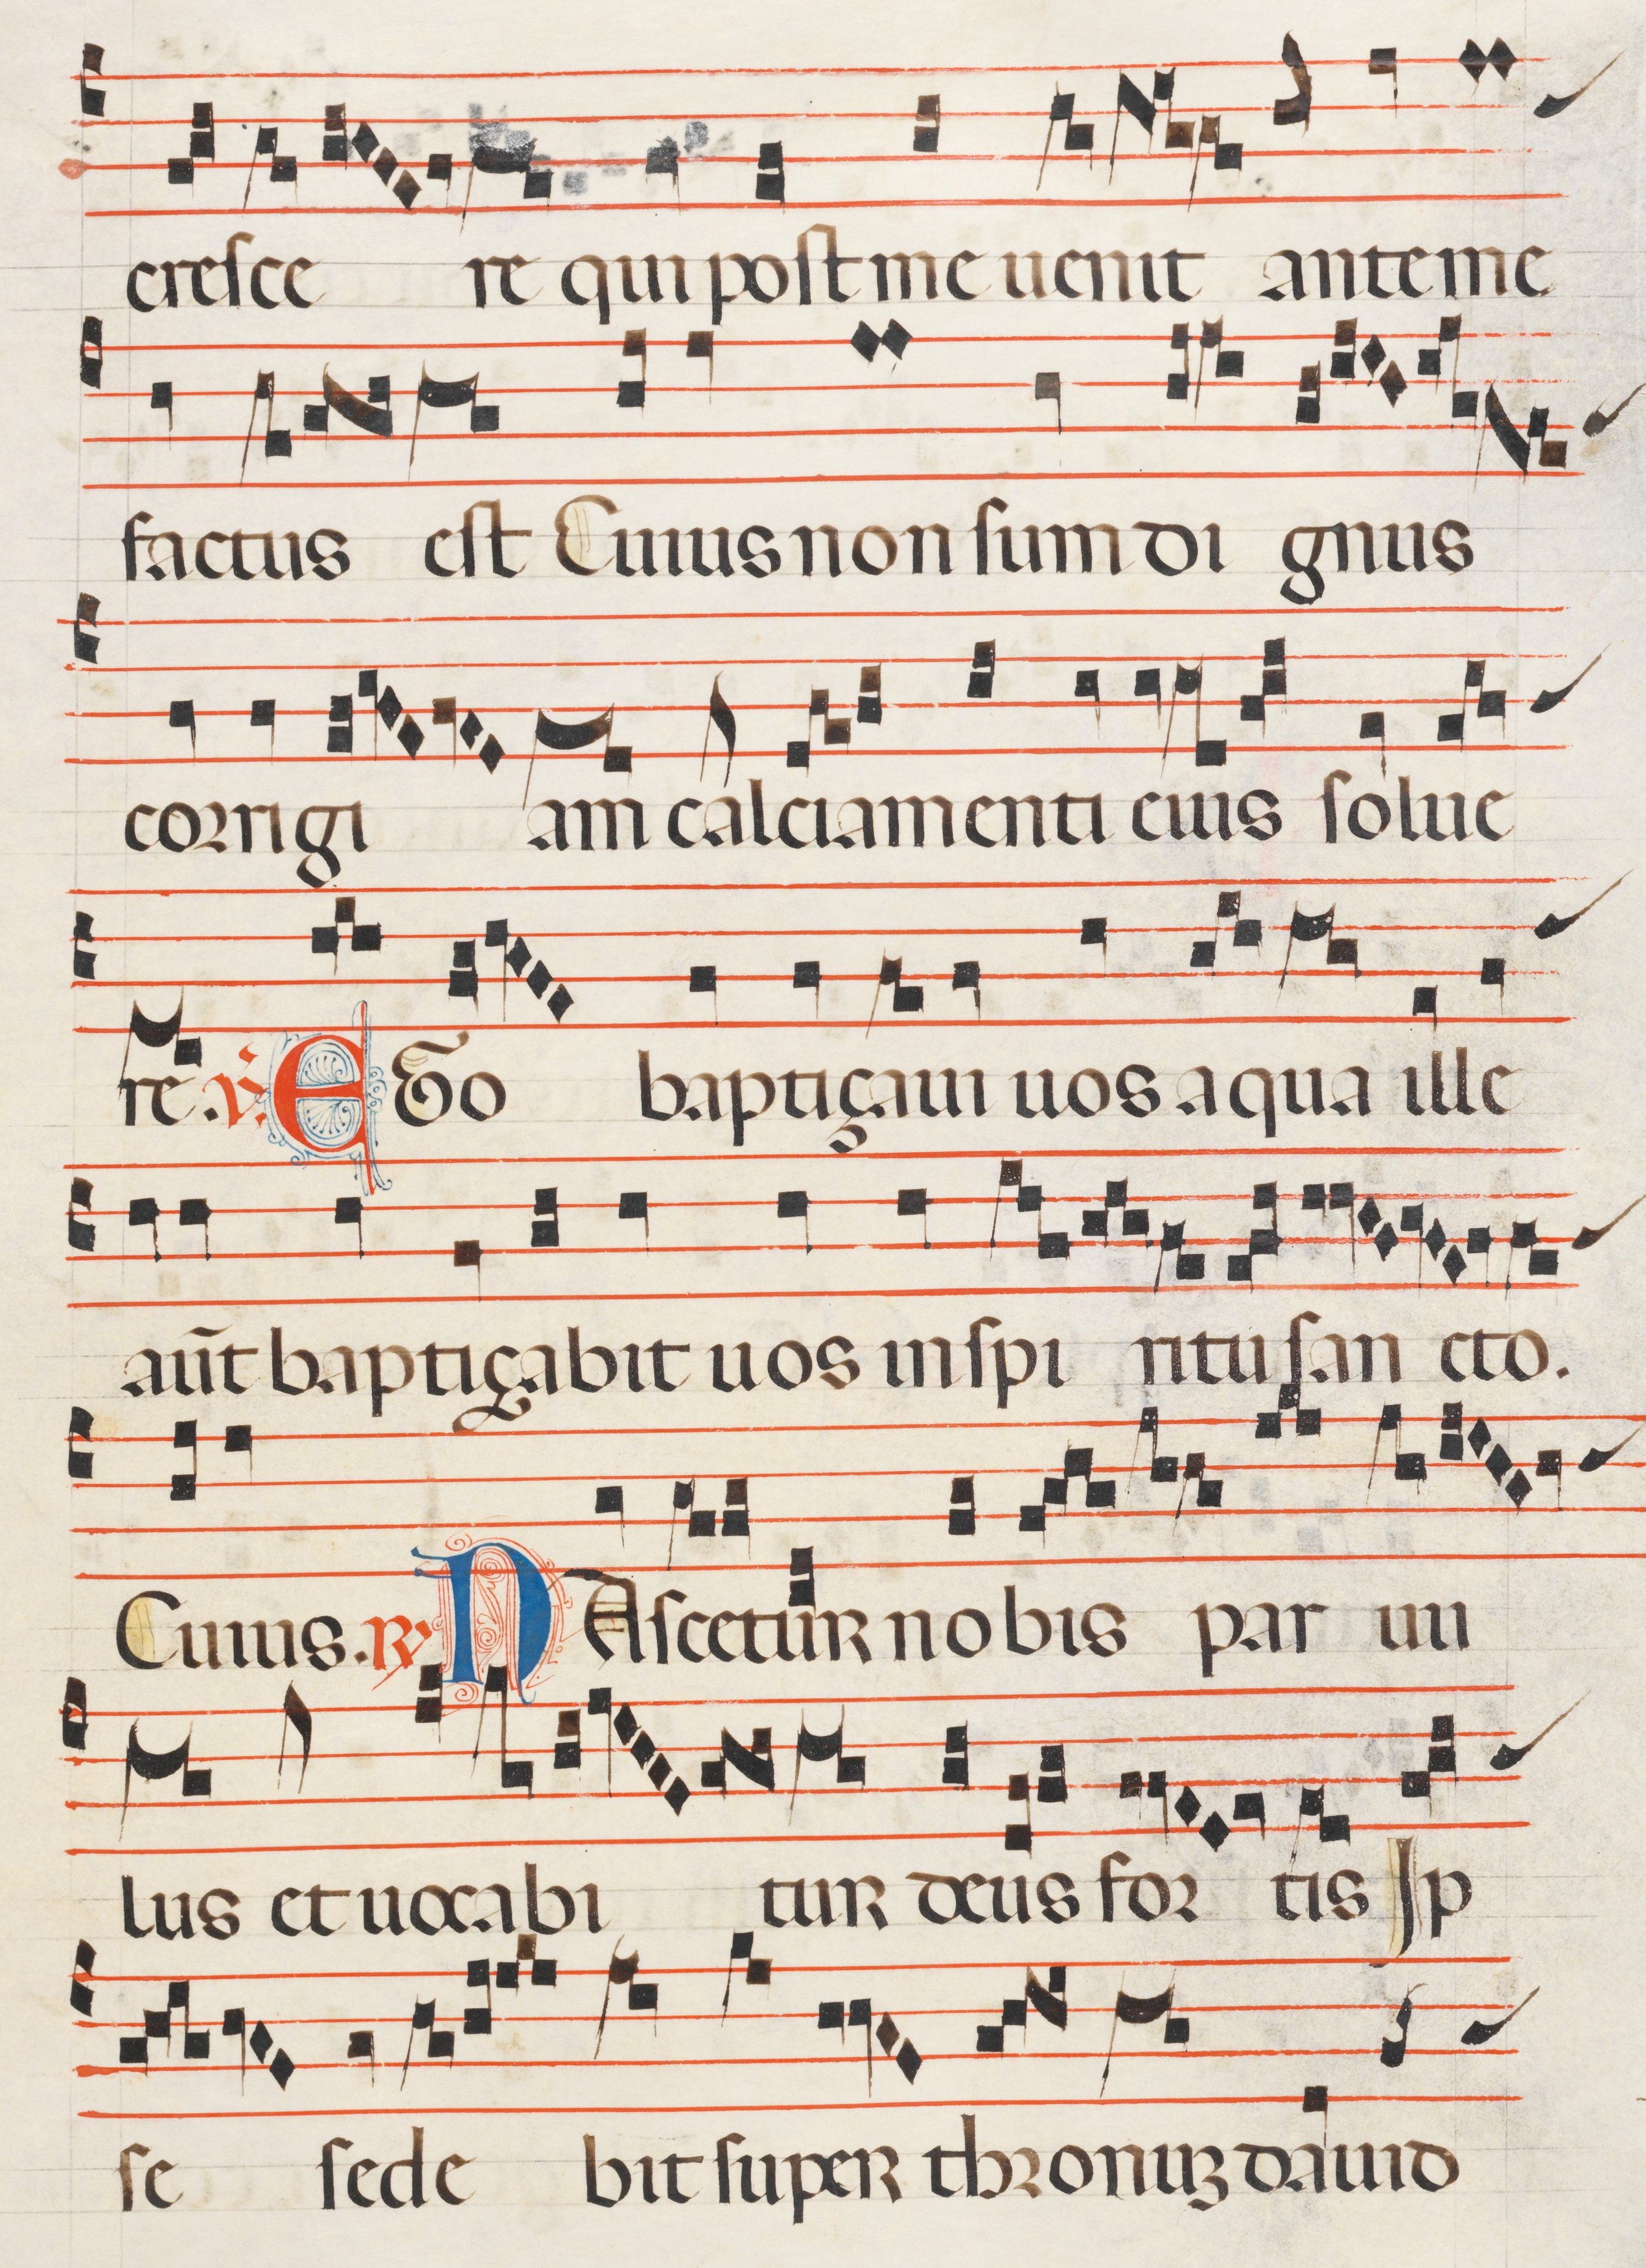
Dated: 1300–1330